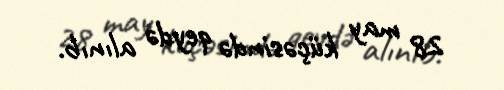
28 may küçəsində qeydə alınıb.